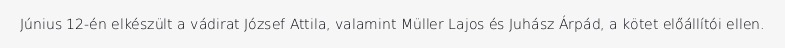
Június 12-én elkészült a vádirat József Attila, valamint Müller Lajos és Juhász Árpád, a kötet előállítói ellen.